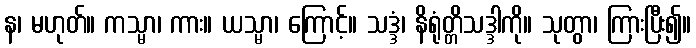
န၊ မဟုတ်။ ကသ္မာ၊ ကား။ ယသ္မာ၊ ကြောင့်။ သဒ္ဒံ၊ နိရုံတ္တိသဒ္ဒါကို။ သုတွာ၊ ကြားပြီး၍။